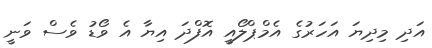
އަދި މިދިޔަ އަހަރުގެ އެމްޕްލޯއީ އޮފްދަ އިޔާ އެ ވޯޑު ވެސް ވަނީ